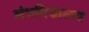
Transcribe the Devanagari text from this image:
अंधविद्यालय